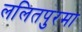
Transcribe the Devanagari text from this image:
ललितपुरमा